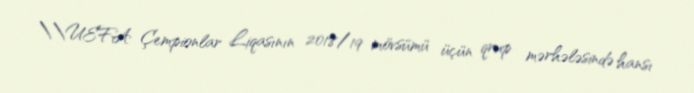
\\UEFA Çempionlar Liqasının 2018/19 mövsümü üçün qrup mərhələsində hansı